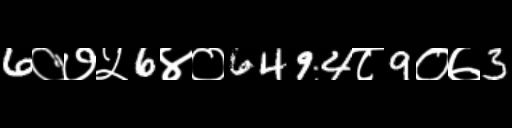
Text: 6०७५6४०6494८9०७3